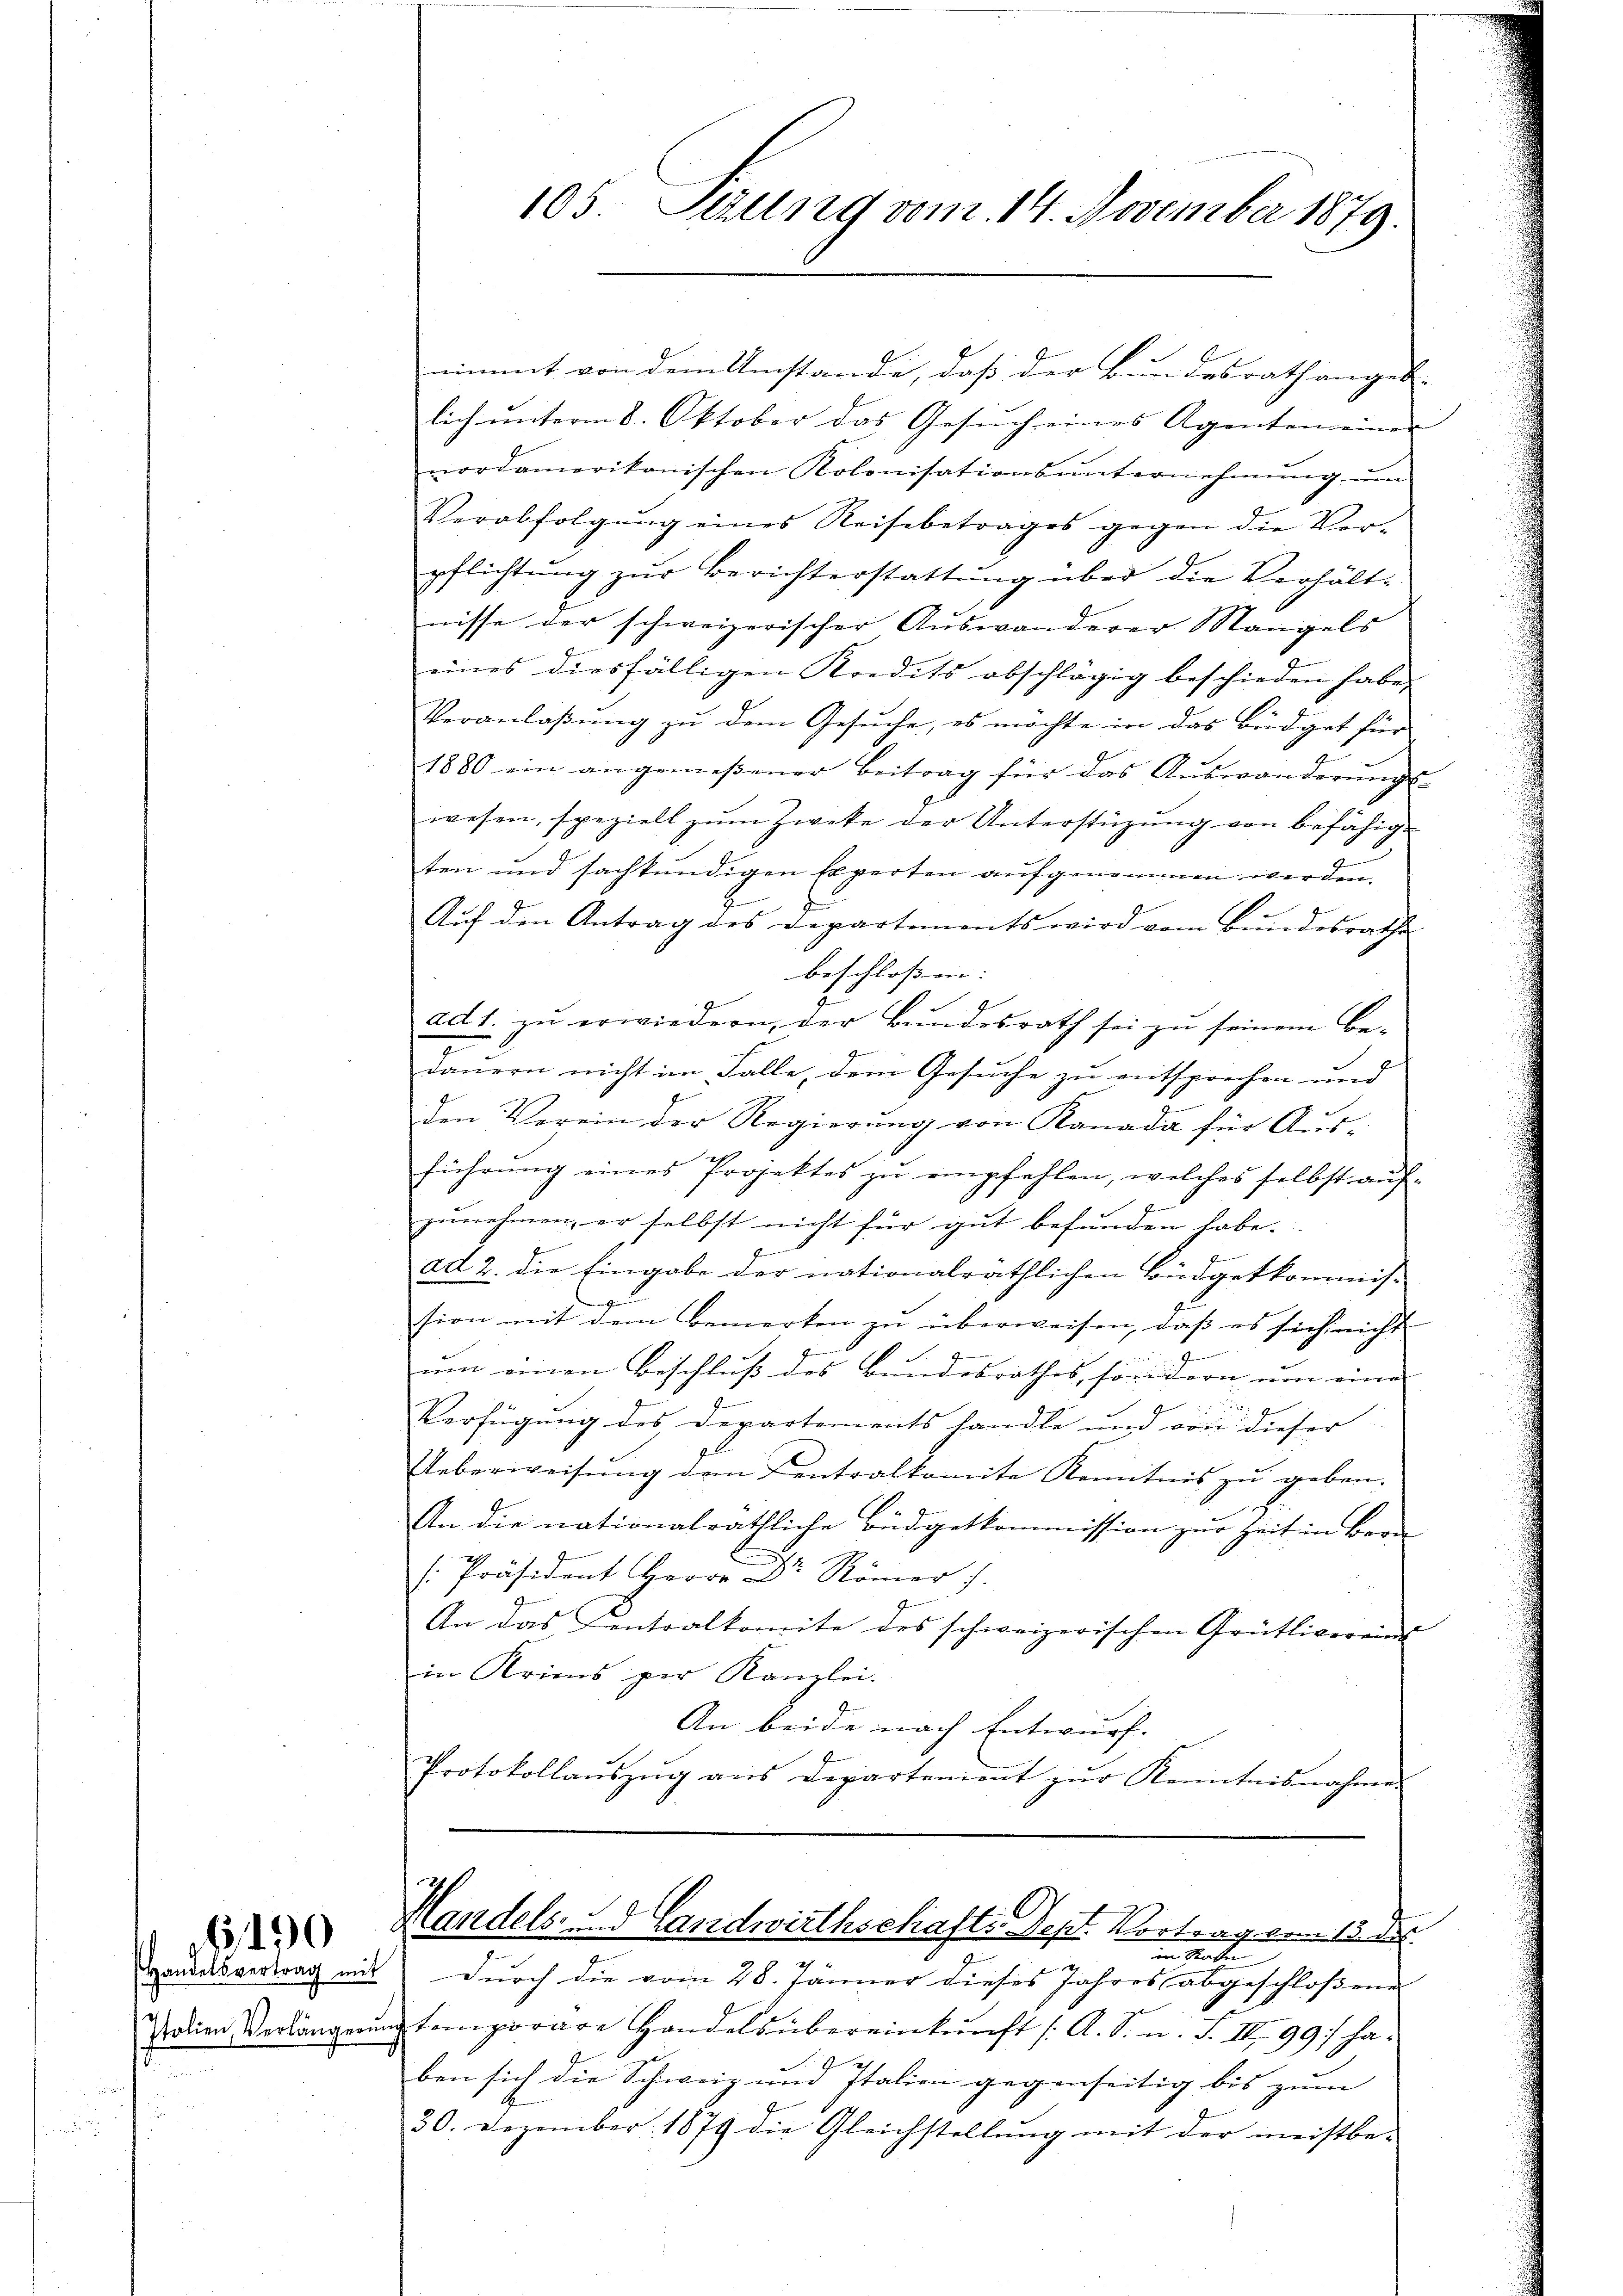
15,40

105. Sezung vom 14. November 1879.

immt von dem Umstande, daß der Bundesrath angeb.
lich unterm 8. Oktober das Gesuch eines Agentem einer
nordamerikanischen Kolonisationsunternehmung um
Verabfolgŭng eines Reisebetrages gegen die Ver-
pflichtŭng zŭr Berichterstattŭng über die Verhältnisse der schweizerischer Auswanderer Mangels
eines diesfälligen Kredits abschlägig beschieden habe,
Veranlaβŭng zŭ dem Gesŭche, es möchte in das Büdget für
1880 ein angemeßener Beitrag für das Auswanderungs-
wesen, speziell zŭm Zweke der Unterstützŭng von befähig-
u
ten und sachkundigen Experten aufgenommen werden.
Auf den Antrag des Departements wird vom Bundesrathe
beschlossen. |
ad 1. zu erwiedern, der Bundesrath sei zu seinem Be-
dauern nicht im Falle, dem Gesuche zu entsprechen und
den Verein der Regierŭng von Kanada für Aŭs-
führŭng eines Projektes zŭ empfehlen, welches selbst aŭf-
zŭnehmen, er selbst nicht für gut befŭnden habe.
ad 2. die Eingabe der nationalräthlichen Büdgetkommis-
sion mit dem Bemerken zŭ überweisen, daβ es sich nicht
1
um einen Beschluß des Bundesrathes, sondern um eine
Verfügung des Departements handle und von dieser
Ueberweisŭng dem Centralkomite Kenntnis zŭ geben.
An die nationalräthliche Büdgetkommission zur Zeit in Bern
[Präsident Herrn Dr Römer f.
An das Centralkomite des schweizerischen Grütlivereins
in Krimis per Kanzlei.
An beide nach Entwurf. |
Protokollaŭszŭg ans Departement zŭr Kenntnisnahmen

Handels- d Landwirthschafts-Sept. Vortrag vom 13. der
im Garten

Handelsvertrag mit durch die vom 28. Jänner dieses Jahres abgeschloßenen
Patien Verlängerung temporare Handels übereinkunft (A. S. n. F. III 99 haben sich die Schweiz und Italien gegenseitig bis zum
30. Dezember 1879 die Gleichstellung mit der meistbe-